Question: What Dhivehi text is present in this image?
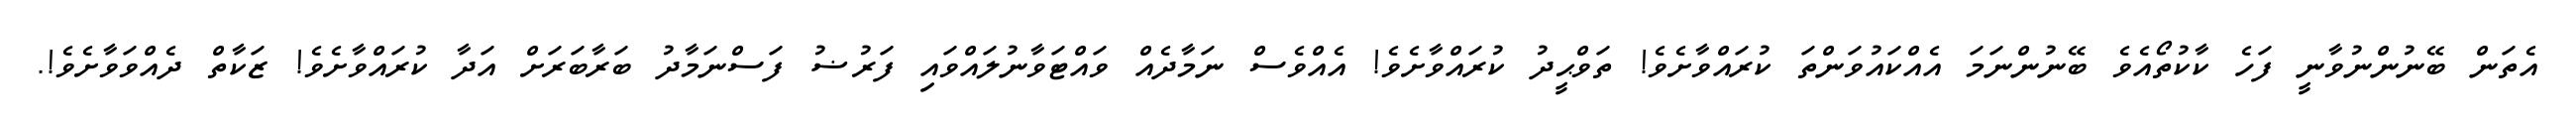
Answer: އެތަން ބޭނުންނުވާނީ ފަހެ ކާކުތޯއެވެ ބޭނުންނަމަ އެއްކައުވަންތަ ކުރައްވާށެވެ! ތަވްޙީދު ކުރައްވާށެވެ! އެއްވެސް ނަމާދެއް ވައްޓަވާނުލައްވައި ފަރުޟު ފަސްނަމާދު ބަރާބަރަށް އަދާ ކުރައްވާށެވެ! ޒަކާތް ދެއްވަވާށެވެ!.